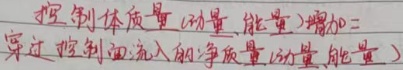
控制体质量（动量、能量）增加 = 穿过控制面流入的净质量（动量、能量）